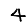
Digit: 4